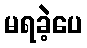
မရခဲ့ပေ